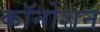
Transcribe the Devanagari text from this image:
कॉनोशन